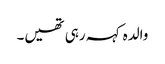
والدہ کہہ رہی تھیں۔